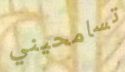
تسامحيني